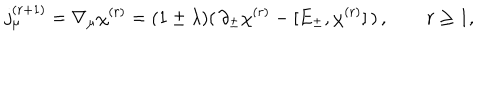
j _ { \mu } ^ { ( r + 1 ) } = \nabla _ { \mu } \chi ^ { ( r ) } = ( 1 \pm \lambda ) ( \, \partial _ { \pm } \chi ^ { ( r ) } - [ E _ { \pm } , \chi ^ { ( r ) } ] \, ) \, , \qquad r \geq 1 ,